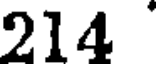
214